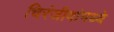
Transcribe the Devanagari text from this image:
चिरंजीवांमध्ये